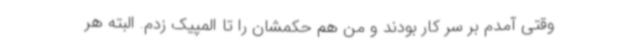
وقتی آمدم بر سر کار بودند و من هم حکمشان را تا المپیک زدم. البته هر